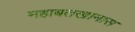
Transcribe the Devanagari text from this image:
महाबतखानास